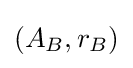
(A_{B},r_{B})